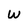
Character: w